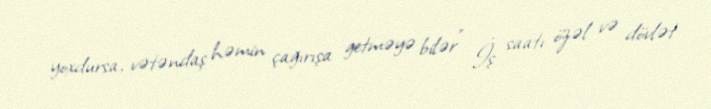
yoxdursa, vətəndaş həmin çağırışa getməyə bilər” İş saatı özəl və dövlət